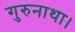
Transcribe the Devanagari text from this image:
गुरुनाथा।